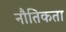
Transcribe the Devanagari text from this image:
नौतिकता